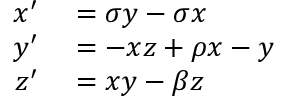
\begin{array} { r l } { x ^ { \prime } } & { { } = \sigma y - \sigma x } \\ { y ^ { \prime } } & { { } = - x z + \rho x - y } \\ { z ^ { \prime } } & { { } = x y - \beta z } \end{array}